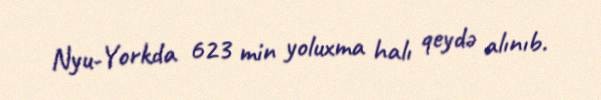
Nyu-Yorkda 623 min yoluxma halı qeydə alınıb.